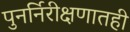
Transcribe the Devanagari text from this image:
पुनर्निरीक्षणातही